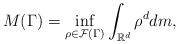
LaTeX: \begin{align*}M(\Gamma)=\inf_{\rho\in \mathcal{F}(\Gamma)}\int_{\mathbb{R}^d}\rho^d dm,\end{align*}